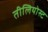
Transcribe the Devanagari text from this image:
तीलियोस्ट